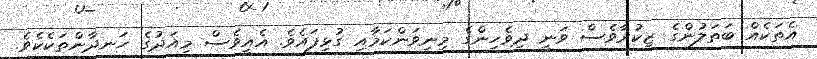
އެތަކެއް ބަތަލުންގެ ޒިކުރާވެސް ވަނީ ދިވެހިންގެ މިނިވަންކަމާއި ގުޅިފައެވެ. އެއީވެސް މިއަދުގެ ހަނދާންތަކެކެވެ.